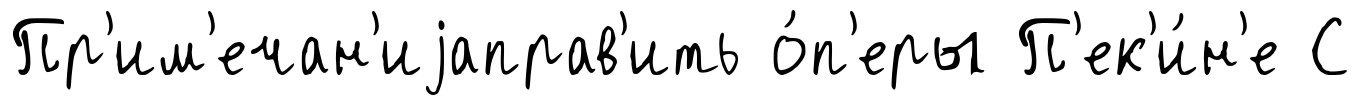
Пр'им'ечан'иjаправ'ить о́п'еры П'ек'и́н'е С